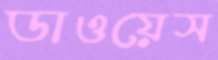
ডাওয়েস